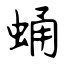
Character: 蛹